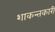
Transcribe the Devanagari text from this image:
शाकन्तकारी